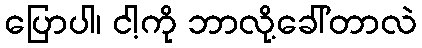
ပြောပါ၊ ငါ့ကို ဘာလို့ခေါ်တာလဲ